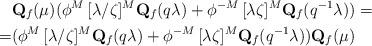
LaTeX: \begin{align*}&{\bf Q}_f(\mu)(\phi^{ M}\,[\lambda/\zeta]^M {\bf Q}_f(q\lambda)+\phi^{- M}\,[\lambda \zeta]^M{\bf Q}_f(q^{-1}\lambda))=\\=&(\phi^{ M}\,[\lambda/\zeta]^M {\bf Q}_f(q\lambda)+\phi^{- M}\,[\lambda \zeta]^M{\bf Q}_f(q^{-1}\lambda)){\bf Q}_f(\mu) \end{align*}